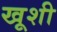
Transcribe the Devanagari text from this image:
खूशी